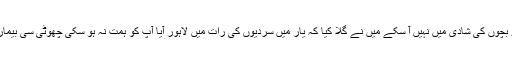
احسن رشید میرے بچوں کی شادی میں نہیں آ سکے میں نے گلا کیا کہ یار میں سردیوں کی رات میں لاہور آیا آپ کو ہمت نہ ہو سکی چھوٹی سی بیماری کا بہانہ بنا لیا۔